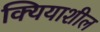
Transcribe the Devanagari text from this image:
क्यियाशील